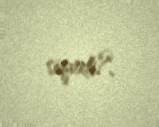
siqareti?.